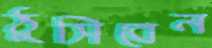
ঠুসিবেন